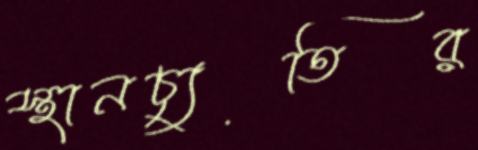
স্থানচ্যুতির